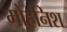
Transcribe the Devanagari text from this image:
मोहनिश